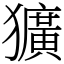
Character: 獷